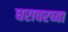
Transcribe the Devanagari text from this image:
घरावरच्या